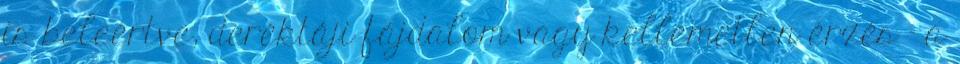
is beleértve, deréktáji fájdalom vagy kellemetlen érzés - a